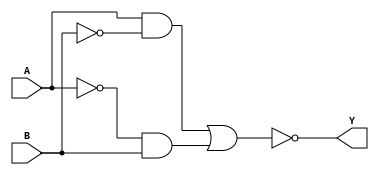
module xor_gate(input A, input B, output Y);

wire A_and_B, A_and_B_neg, A_or_B;

// Implementing AND gates
assign A_and_B = A & ~B;
assign A_and_B_neg = ~A & B;

// Implementing OR gate
assign A_or_B = A_and_B | A_and_B_neg;

// Inverting output
assign Y = ~A_or_B;

endmodule